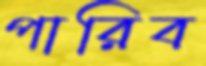
পারিব